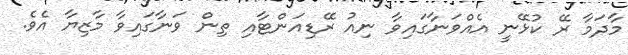
މާދަމާ ރޭ ކުޅޭނީ އެއްވަނާގައިވާ ނިއު ރޭޑިއަންޓާއި ތިން ވަނާގައިވާ މާޒިޔާ އެވެ.